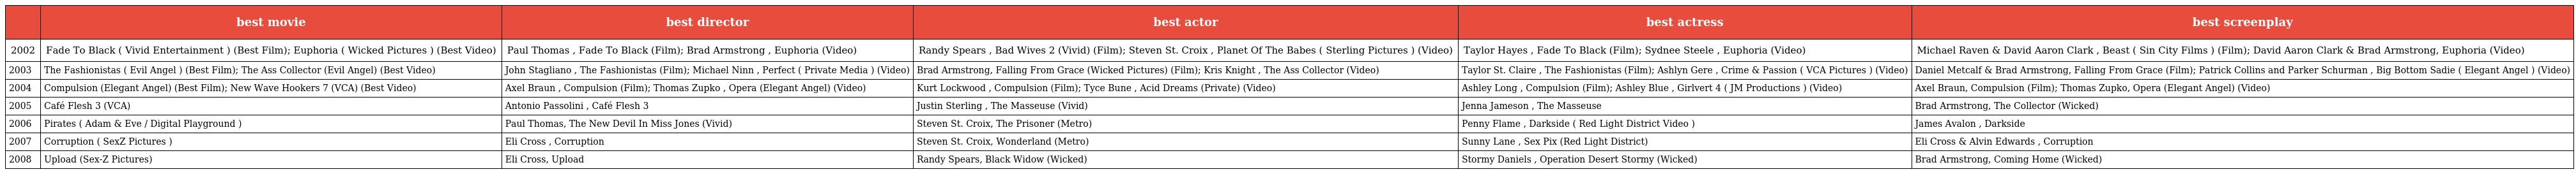
|  | best movie | best director | best actor | best actress | best screenplay |
 | --- | --- | --- | --- | --- | --- |
 | 2002 | Fade To Black ( Vivid Entertainment ) (Best Film); Euphoria ( Wicked Pictures ) (Best Video) | Paul Thomas , Fade To Black (Film); Brad Armstrong , Euphoria (Video) | Randy Spears , Bad Wives 2 (Vivid) (Film); Steven St. Croix , Planet Of The Babes ( Sterling Pictures ) (Video) | Taylor Hayes , Fade To Black (Film); Sydnee Steele , Euphoria (Video) | Michael Raven & David Aaron Clark , Beast ( Sin City Films ) (Film); David Aaron Clark & Brad Armstrong, Euphoria (Video) |
 | 2003 | The Fashionistas ( Evil Angel ) (Best Film); The Ass Collector (Evil Angel) (Best Video) | John Stagliano , The Fashionistas (Film); Michael Ninn , Perfect ( Private Media ) (Video) | Brad Armstrong, Falling From Grace (Wicked Pictures) (Film); Kris Knight , The Ass Collector (Video) | Taylor St. Claire , The Fashionistas (Film); Ashlyn Gere , Crime & Passion ( VCA Pictures ) (Video) | Daniel Metcalf & Brad Armstrong, Falling From Grace (Film); Patrick Collins and Parker Schurman , Big Bottom Sadie ( Elegant Angel ) (Video) |
 | 2004 | Compulsion (Elegant Angel) (Best Film); New Wave Hookers 7 (VCA) (Best Video) | Axel Braun , Compulsion (Film); Thomas Zupko , Opera (Elegant Angel) (Video) | Kurt Lockwood , Compulsion (Film); Tyce Bune , Acid Dreams (Private) (Video) | Ashley Long , Compulsion (Film); Ashley Blue , Girlvert 4 ( JM Productions ) (Video) | Axel Braun, Compulsion (Film); Thomas Zupko, Opera (Elegant Angel) (Video) |
 | 2005 | Café Flesh 3 (VCA) | Antonio Passolini , Café Flesh 3 | Justin Sterling , The Masseuse (Vivid) | Jenna Jameson , The Masseuse | Brad Armstrong, The Collector (Wicked) |
 | 2006 | Pirates ( Adam & Eve / Digital Playground ) | Paul Thomas, The New Devil In Miss Jones (Vivid) | Steven St. Croix, The Prisoner (Metro) | Penny Flame , Darkside ( Red Light District Video ) | James Avalon , Darkside |
 | 2007 | Corruption ( SexZ Pictures ) | Eli Cross , Corruption | Steven St. Croix, Wonderland (Metro) | Sunny Lane , Sex Pix (Red Light District) | Eli Cross & Alvin Edwards , Corruption |
 | 2008 | Upload (Sex-Z Pictures) | Eli Cross, Upload | Randy Spears, Black Widow (Wicked) | Stormy Daniels , Operation Desert Stormy (Wicked) | Brad Armstrong, Coming Home (Wicked) |